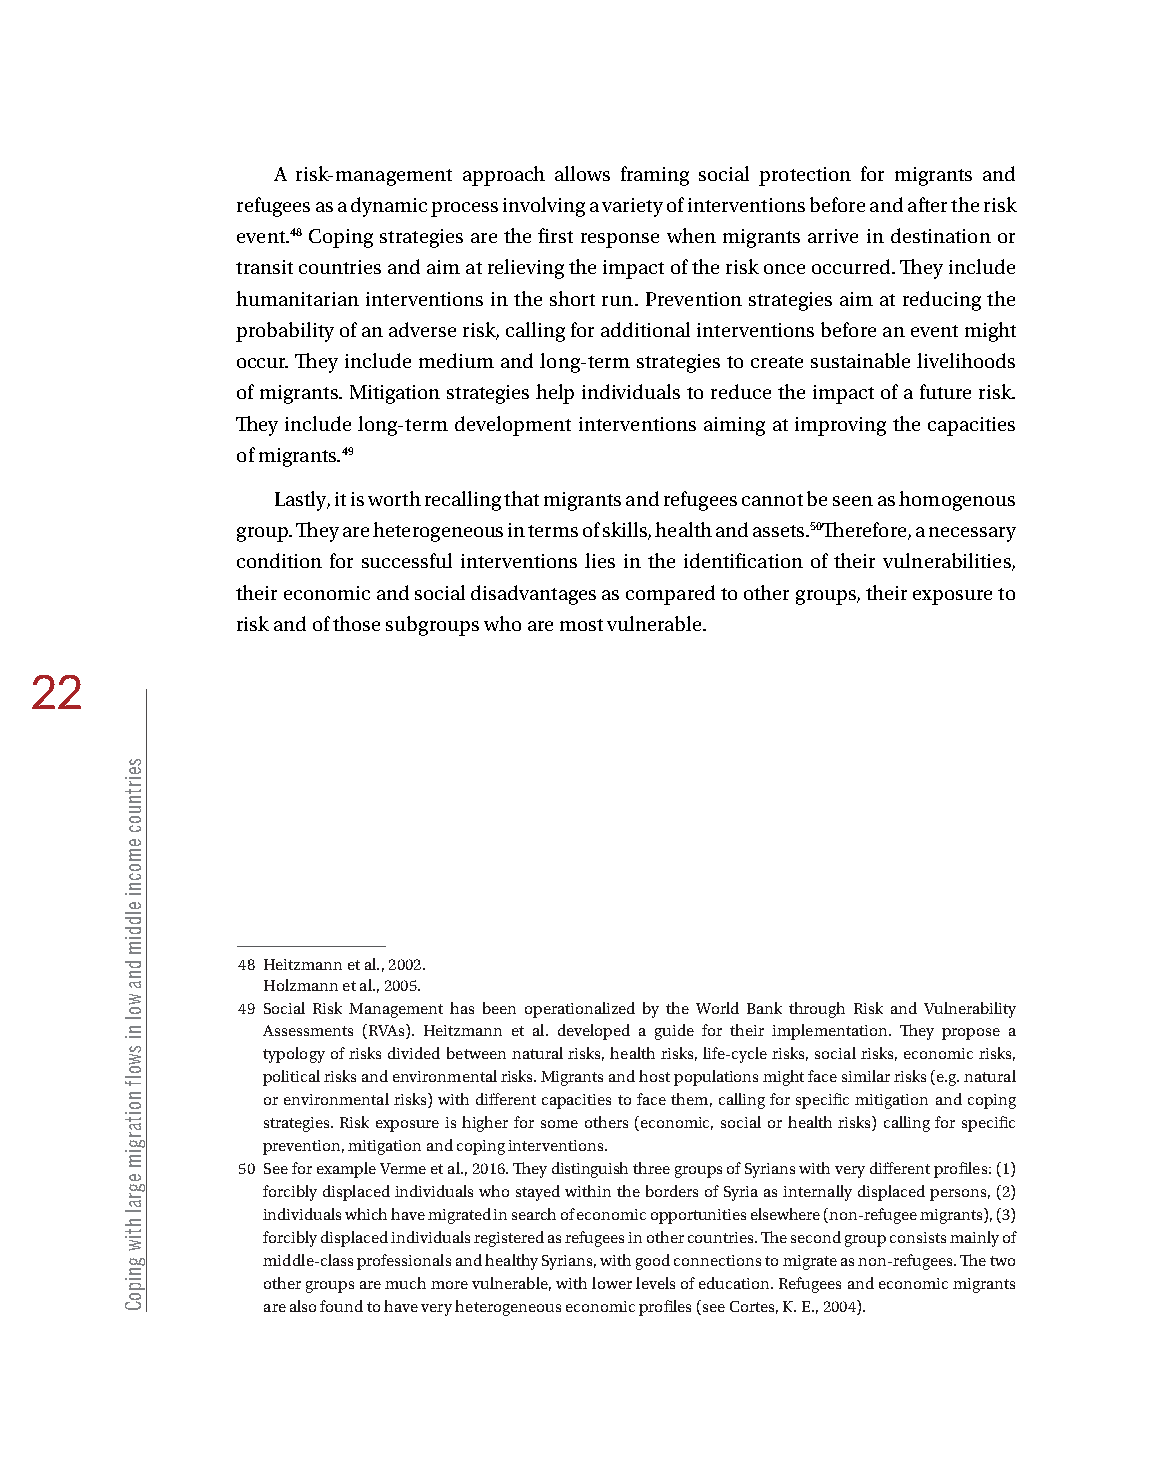
A risk-management approach allows framing social protection for migrants and
 refugees as a dynamic process involving a variety of interventions before and after the risk
 event.48 Coping strategies are the first response when migrants arrive in destination or
 transit countries and aim at relieving the impact of the risk once occurred. They include
 humanitarian interventions in the short run. Prevention strategies aim at reducing the
 probability of an adverse risk, calling for additional interventions before an event might
 occur. They include medium and long-term strategies to create sustainable livelihoods
 of migrants. Mitigation strategies help individuals to reduce the impact of a future risk.
 They include long-term development interventions aiming at improving the capacities
 of migrants.49
 Lastly, it is worth recalling that migrants and refugees cannot be seen as homogenous
 group. They are heterogeneous in terms of skills, health and assets.50Therefore, a necessary
 condition for successful interventions lies in the identification of their vulnerabilities,
 their economic and social disadvantages as compared to other groups, their exposure to
 risk and of those subgroups who are most vulnerable.
 22
 48 Heitzmann et al., 2002.
 Holzmann et al., 2005.
 49 Social Risk Management has been operationalized by the World Bank through Risk and Vulnerability
 Assessments (RVAs). Heitzmann et al. developed a guide for their implementation. They propose a
 typology of risks divided between natural risks, health risks, life-cycle risks, social risks, economic risks,
 political risks and environmental risks. Migrants and host populations might face similar risks (e.g. natural
 or environmental risks) with different capacities to face them, calling for specific mitigation and coping
 strategies. Risk exposure is higher for some others (economic, social or health risks) calling for specific
 prevention, mitigation and coping interventions.
 50 See for example Verme et al., 2016. They distinguish three groups of Syrians with very different profiles: (1)
 forcibly displaced individuals who stayed within the borders of Syria as internally displaced persons, (2)
 individuals which have migrated in search of economic opportunities elsewhere (non-refugee migrants), (3)
 forcibly displaced individuals registered as refugees in other countries. The second group consists mainly of
 middle-class professionals and healthy Syrians, with good connections to migrate as non-refugees. The two
 other groups are much more vulnerable, with lower levels of education. Refugees and economic migrants
 are also found to have very heterogeneous economic profiles (see Cortes, K. E., 2004).
 seirtnuoc
 emocni
 elddim
 dna
 wol
 ni
 swolf
 noitargim
 egral
 htiw
 gnipoC